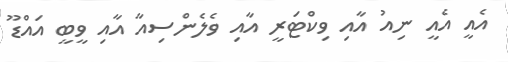
އެއީ އެއީ ނިއު އާއި ވިކްޓަރީ އާއި ވެލެންސިއާ އާއި ވީބީ އައްޑޫ